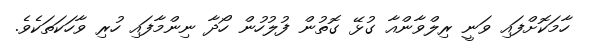
ހާމަކޮށްފައި ވަނީ ރިލްވާންއާ ގުޅޭ ގޮތުން ފުލުހުން ހޯދާ ނިންމާފައި ހުރި ވާހަކަތަކެވެ.